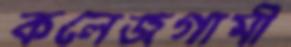
কলেজগামী